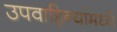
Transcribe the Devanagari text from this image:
उपवाहिन्यांमध्ये